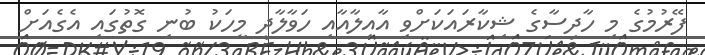
ފޭރުމުގެ މި ހާދިސާގެ ޝިކާރައަކަށްވި އާއިލާއާއި ހަވާލާދީ މީހަކު ބުނި ގޮތުގައި އެގެއަށް